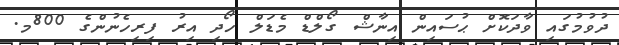
ދުވުމުގައި ވާދަކޮށް ޙުސައިން އިނާޝް ގޯލްޑް މެޑަލް ހޯދި އިރު ފިރިހެނުންގެ 800މ.